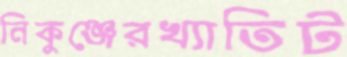
নিকুঞ্জেরখ্যাতিট